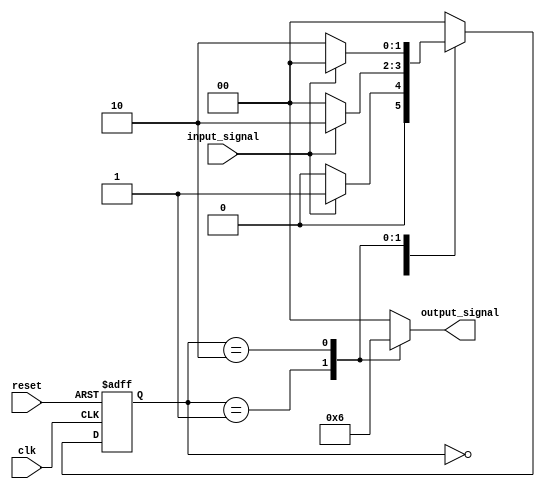
module moore_fsm (
    input wire clk,           // Clock signal
    input wire reset,         // Reset signal
    input wire input_signal,   // Input signal affecting transitions
    output reg [1:0] output_signal  // Output signal based on current state
);

// State encoding
localparam S0 = 2'b00;
localparam S1 = 2'b01;
localparam S2 = 2'b10;

// Current state and next state registers
reg [1:0] current_state, next_state;

// State transition logic
always @(*) begin
    case (current_state)
        S0: begin
            if (input_signal) begin
                next_state = S1; // Transition from S0 to S1 on input_signal
            end else begin
                next_state = S0; // Stay in S0
            end
        end
        S1: begin
            if (input_signal) begin
                next_state = S2; // Transition from S1 to S2 on input_signal
            end else begin
                next_state = S0; // Transition from S1 to S0 on no input_signal
            end
        end
        S2: begin
            if (input_signal) begin
                next_state = S0; // Transition from S2 to S0 on input_signal
            end else begin
                next_state = S2; // Stay in S2
            end
        end
        default: next_state = S0; // Default to S0
    endcase
end

// Output logic (Moore Machine outputs depend only on current state)
always @(*) begin
    case (current_state)
        S0: output_signal = 2'b00; // Output for State S0
        S1: output_signal = 2'b01; // Output for State S1
        S2: output_signal = 2'b10; // Output for State S2
        default: output_signal = 2'b00; // Default output
    endcase
end

// State register with synchronous reset
always @(posedge clk or posedge reset) begin
    if (reset) begin
        current_state <= S0; // Initialize to S0 on reset
    end else begin
        current_state <= next_state; // Update state on clock edge
    end
end

endmodule